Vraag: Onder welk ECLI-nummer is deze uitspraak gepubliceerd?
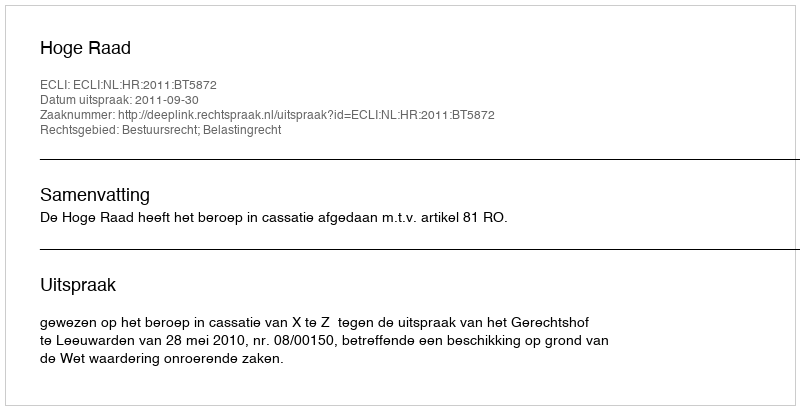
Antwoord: ECLI:NL:HR:2011:BT5872